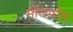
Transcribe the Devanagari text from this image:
मॉलफॉय